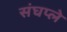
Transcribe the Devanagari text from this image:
संघप्ले